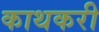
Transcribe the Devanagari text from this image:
काथकरी